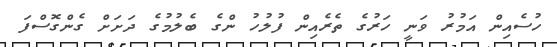
ހުސެއިން އަމުރު ވަނީ ހަރުގެ ތެރެއިން ފުލުހު ންގެ ބެލުމުގެ ދަށަށް ގެންގޮސްފަ